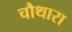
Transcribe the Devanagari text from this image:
चौथारा